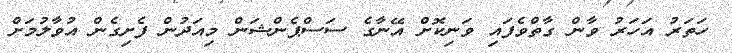
ހަތަރު އަހަރު ވާން ގާތްވެފައި ވަނިކޮށް އޭނާގެ ސަސްޕެންޝަން މިއަދުން ފެށިގެން އުވާލުމަށް